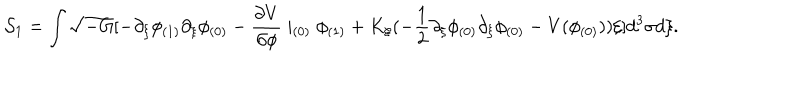
LaTeX: { \cal S } _ { 1 } = \int \sqrt { - G } [ - \partial _ { \xi } \phi _ { ( 1 ) } \partial _ { \xi } \phi _ { ( 0 ) } - \frac { \partial V } { \partial \phi } \mid _ { ( 0 ) } \phi _ { ( 1 ) } + K _ { \xi } ( - \frac { 1 } { 2 } \partial _ { \xi } \phi _ { ( 0 ) } \partial _ { \xi } \phi _ { ( 0 ) } - V ( \phi _ { ( 0 ) } ) ) \xi ] d ^ { 3 } \sigma d \xi .